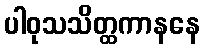
ပါဝုသသိတ္ထကာနနေ